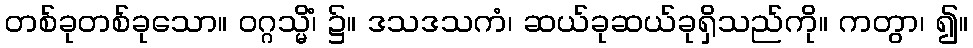
တစ်ခုတစ်ခုသော။ ဝဂ္ဂသ္မိံ၊ ၌။ ဒသဒသကံ၊ ဆယ်ခုဆယ်ခုရှိသည်ကို။ ကတွာ၊ ၍။